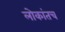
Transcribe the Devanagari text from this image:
लोकांतच